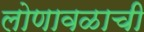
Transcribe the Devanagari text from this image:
लोणावळाची